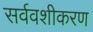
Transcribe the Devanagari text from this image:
सर्ववशीकरण